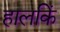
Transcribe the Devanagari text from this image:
हालकिं